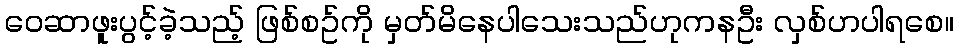
ဝေဆာဖူးပွင့်ခဲ့သည့် ဖြစ်စဥ်ကို မှတ်မိနေပါသေးသည်ဟုကနဦး လှစ်ဟပါရစေ။